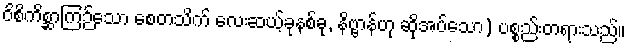
ဝိစိကိစ္ဆာကြဉ်သော စေတသိက် လေးဆယ့်ခုနစ်ခု, နိဗ္ဗာန်ဟု ဆိုအပ်သော) ပစ္စည်းတရားသည်။